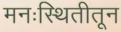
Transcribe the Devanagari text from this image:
मनःस्थितीतून